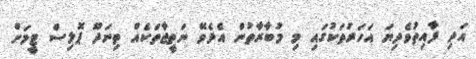
އަދި ފާއިތުވެދިޔަ އަހަރުތަކުގައި މި މުބާރާތުން އެދެވޭ ނަތީޖާތަކެއް ތިނަދޫ ޕޮލިސް ޓީމަށް